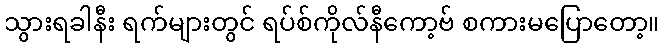
သွားရခါနီး ရက်များတွင် ရပ်စ်ကိုလ်နီကော့ဗ် စကားမပြောတော့။